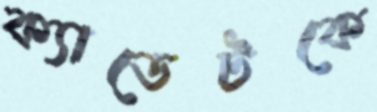
ক্যাডেটকে